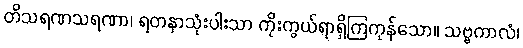
တိသရဏသရဏာ၊ ရတနာသုံးပါးသာ ကိုးကွယ်ရာရှိကြကုန်သော။ သဗ္ဗကာလံ၊